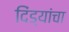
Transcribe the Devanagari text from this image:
दिंड्यांचा